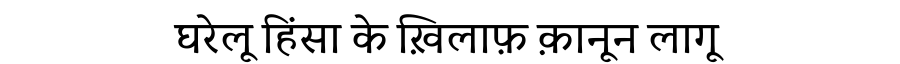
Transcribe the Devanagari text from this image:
घरेलू हिंसा के ख़िलाफ़ क़ानून लागू